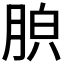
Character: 𦛤